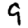
Digit: 9